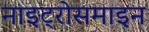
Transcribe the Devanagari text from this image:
नाइट्रोसमाइन